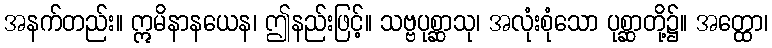
အနက်တည်း။ ဣမိနာနယေန၊ ဤနည်းဖြင့်။ သဗ္ဗပုစ္ဆာသု၊ အလုံးစုံသော ပုစ္ဆာတို့၌။ အတ္ထော၊